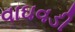
વાઘવડી